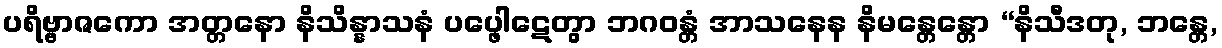
ပရိဗ္ဗာဇကော အတ္တနော နိသိန္နာသနံ ပပ္ဖေါဋေတွာ ဘဂဝန္တံ အာသနေန နိမန္တေန္တော “နိသီဒတု, ဘန္တေ,